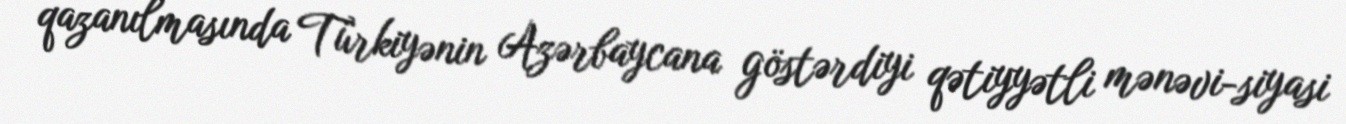
qazanılmasında Türkiyənin Azərbaycana göstərdiyi qətiyyətli mənəvi-siyasi